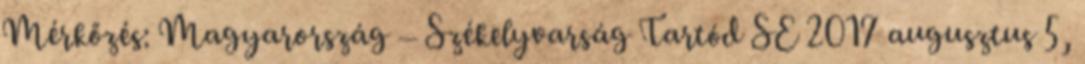
Mérkőzés: Magyarország – Székelyvarság Tartód SE 2017 augusztus 5,